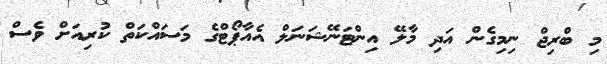
މި ބްރިޖް ނިމިގެން އަދި މާލޭ އިންޓަނޭޝަނަލް އެއާޕޯޓްގެ މަސައްކަތް ކުރިއަށް ވެސް